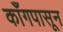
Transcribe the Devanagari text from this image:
काँगपासून